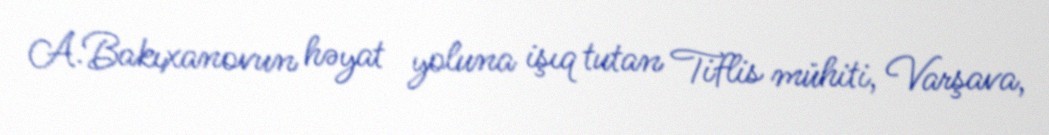
A.Bakıxanovun həyat yoluna işıq tutan Tiflis mühiti, Varşava,